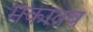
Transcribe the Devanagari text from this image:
मकातब